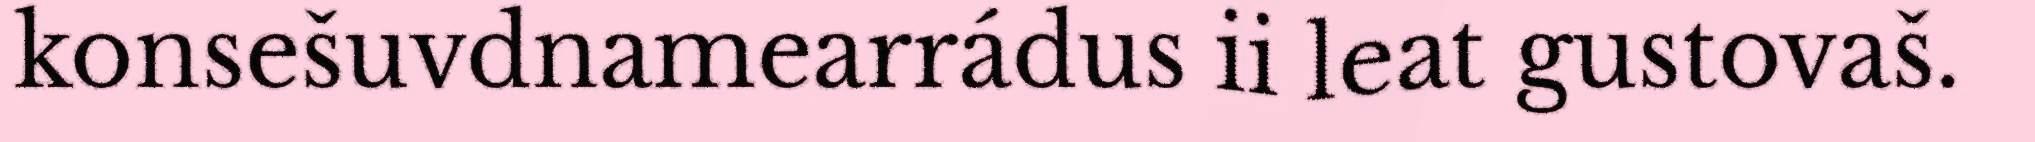
konsešuvdnamearrádus ii leat gustovaš.